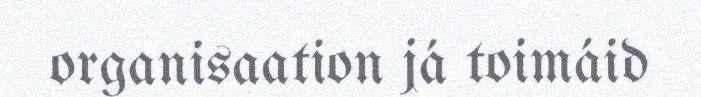
organisaation já toimáid